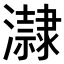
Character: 𤃀